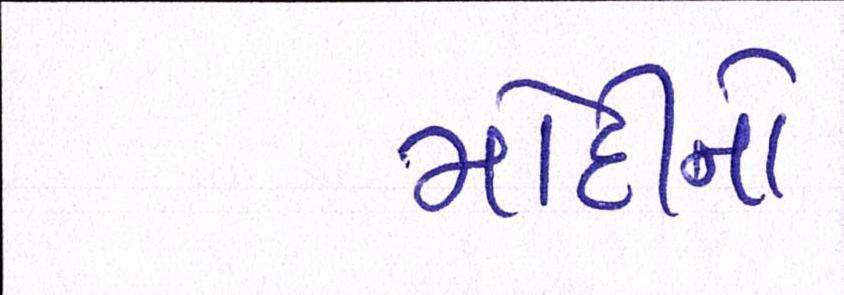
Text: મોદીનો